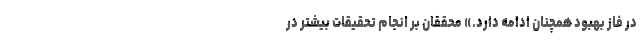
در فاز بهبود همچنان ادامه دارد.» محققان بر انجام تحقیقات بیشتر در